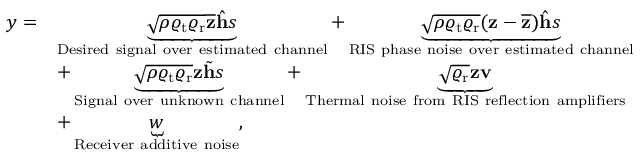
\begin{array} { r l } { y = } & { \underbrace { \sqrt { \rho \varrho _ { \mathrm { t } } \varrho _ { \mathrm { r } } } \overline { { \mathbf { z } } } \hat { \mathbf { h } } s } _ { \mathrm { D e s i r e d ~ s i g n a l ~ o v e r ~ e s t i m a t e d ~ c h a n n e l } } + \underbrace { \sqrt { \rho \varrho _ { \mathrm { t } } \varrho _ { \mathrm { r } } } ( \mathbf { z } - \overline { { \mathbf { z } } } ) \hat { \mathbf { h } } s } _ { \mathrm { R I S ~ p h a s e ~ n o i s e ~ o v e r ~ e s t i m a t e d ~ c h a n n e l } } } \\ & { + \underbrace { \sqrt { \rho \varrho _ { \mathrm { t } } \varrho _ { \mathrm { r } } } \mathbf { z } \tilde { \mathbf { h } } s } _ { \mathrm { S i g n a l ~ o v e r ~ u n k n o w n ~ c h a n n e l } } + \underbrace { \sqrt { \varrho _ { \mathrm { r } } } \mathbf { z } \mathbf { v } } _ { \mathrm { T h e r m a l ~ n o i s e ~ f r o m ~ R I S ~ r e f l e c t i o n ~ a m p l i f i e r s } } } \\ & { + \underbrace { w } _ { \mathrm { R e c e i v e r ~ a d d i t i v e ~ n o i s e } } , } \end{array}